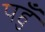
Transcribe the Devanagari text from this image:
पहुँ